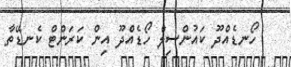
ހޯނޑެއްދޫ ކައުންސިލް ހޯޑެއްދޫ އިން ކަރަންޓް ކެނޑޭތާ